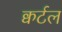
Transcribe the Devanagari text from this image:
क्वर्टल